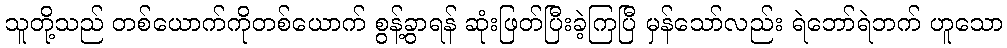
သူတို့သည် တစ်ယောက်ကိုတစ်ယောက် စွန့်ခွာရန် ဆုံးဖြတ်ပြီးခဲ့ကြပြီ မှန်သော်လည်း ရဲဘော်ရဲဘက် ဟူသော